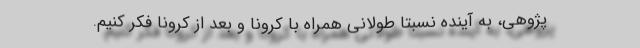
پژوهی، به آینده نسبتا طولانی همراه با کرونا و بعد از کرونا فکر کنیم.